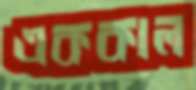
এককাল